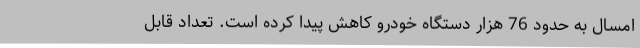
امسال به حدود 76 هزار دستگاه خودرو کاهش پیدا کرده است. تعداد قابل